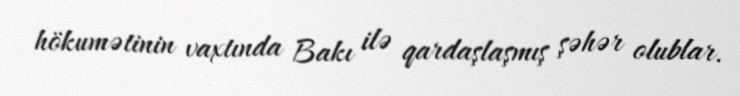
hökumətinin vaxtında Bakı ilə qardaşlaşmış şəhər olublar.